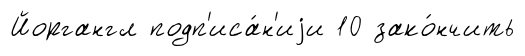
Йоргангл подп'иса́н'иjи 10 зако́нчить